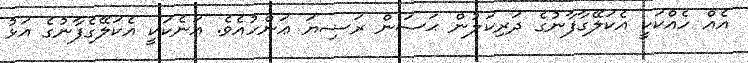
އެއް ހެއްކަކީ އެކަލޭގާފާނުގެ ދަރިކަލުން ޙަސަން ރަޟިޔަ ޢަންހުއެވެ. އަނެކަކީ އެކަލޭގެފާނުގެ އަޅު